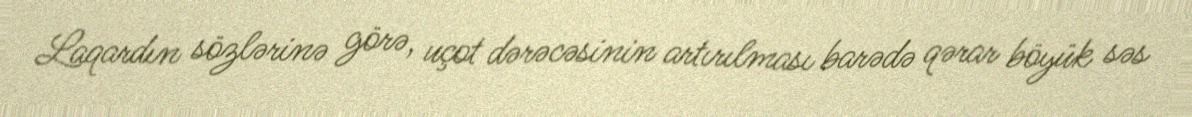
Laqardın sözlərinə görə, uçot dərəcəsinin artırılması barədə qərar böyük səs